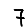
Digit: 7